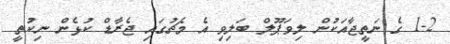
1-2 ގެ ނަތީޖާއަކުން ލިވަޕޫލް ބަލިވި އެ މެޗުގައި ޖެރާޑް ކުޅެން ނިކުތީ